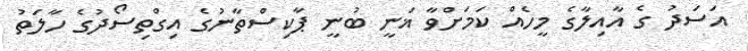
އަސަދު ގެ އާއިލާގެ މީހެއް ކަމަށްވާ ޣަނީ ބުނީ ޕާކިސްތާނުގެ އިގްތިސޯދުގެ ހާލަތު